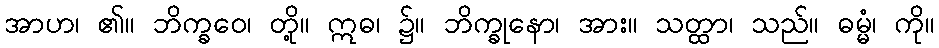
အာဟ၊ ၏။ ဘိက္ခဝေ၊ တို့။ ဣဓ၊ ၌။ ဘိက္ခုနော၊ အား။ သတ္ထာ၊ သည်။ ဓမ္မံ၊ ကို။